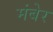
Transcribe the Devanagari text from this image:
मंबेर